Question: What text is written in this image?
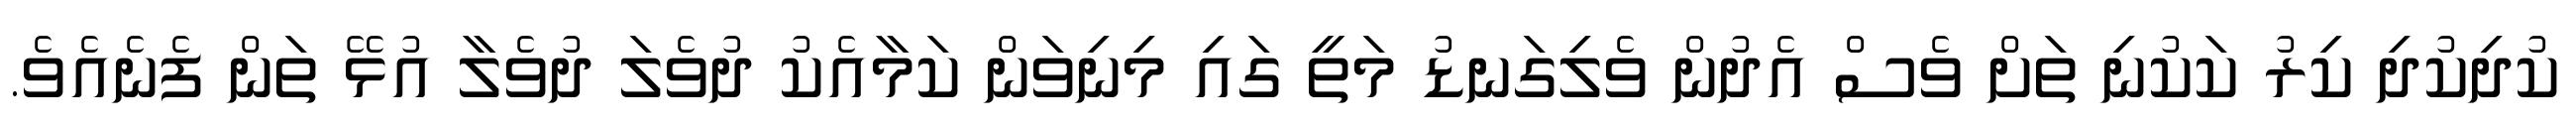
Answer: ކުދިކުދި ކިރު ކަކުނި ތަށް ވެސް އެދުން ވެލިގަނޑު މަތީ ގައި މިނިވަން ކަމާއެކު ދުވެލަ ދުވެލާ އުޅޭ ތަން ފެނެއެވެ.